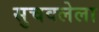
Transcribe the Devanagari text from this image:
सुचवलेला